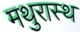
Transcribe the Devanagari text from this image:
मथुरास्थ